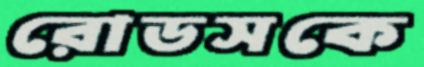
রোডসকে